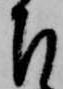
下